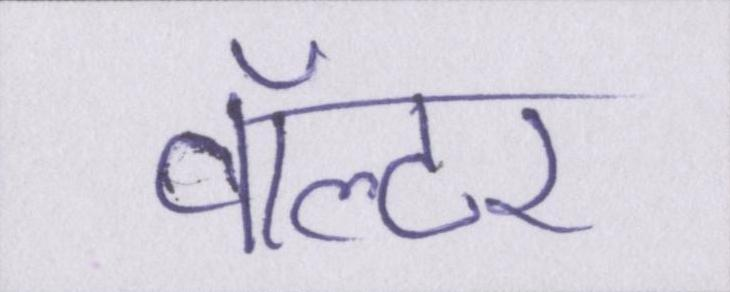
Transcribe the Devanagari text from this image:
वॉल्टर